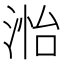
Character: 𮳊